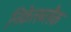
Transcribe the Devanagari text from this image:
निकेलब्लैक